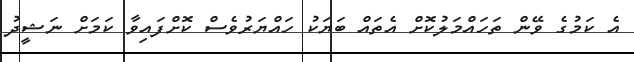
އެ ކަމުގެ ވޭން ތަހައްމަލުކޮށް އެތައް ބަޔަކު ހައްޔަރުވެސް ކޮށްފައިވާ ކަމަށް ނަޝީދު